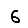
Digit: 6